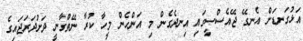
އަޅުގަނޑަށް އެނގޭ ޖޭއެސްސީގައި އިނދެގެން މި އަންހެން މީހާ ކުރާ ނޭތްގާނީ ދަށުދަރަޖައިގެ